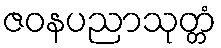
ဇဝနပညာသုတ္တံ